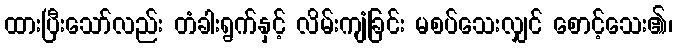
ထားပြီးသော်လည်း တံခါးရွက်နှင့် လိမ်းကျံခြင်း မစပ်သေးလျှင် စောင့်သေး၏၊